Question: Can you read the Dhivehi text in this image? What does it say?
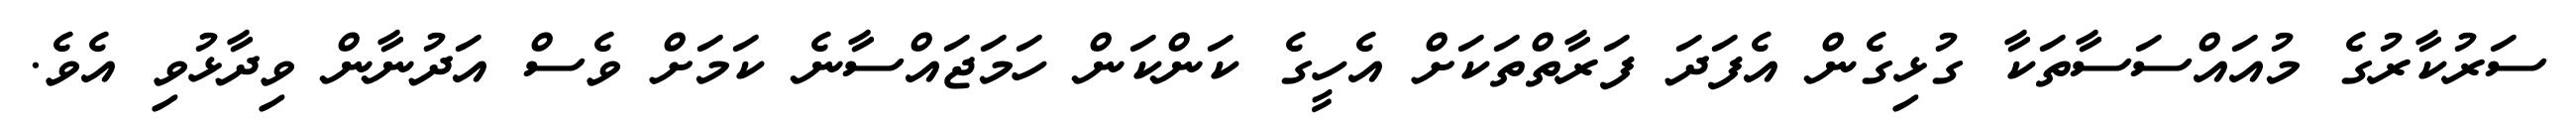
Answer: ސަރުކާރުގެ މުއައްސަސާތަކާ ގުޅިގެން އެފަދަ ފަރާތްތަކަށް އެހީގެ ކަންކަން ހަމަޖައްސާނެ ކަމަށް ވެސް އަދުނާން ވިދާޅުވި އެވެ.